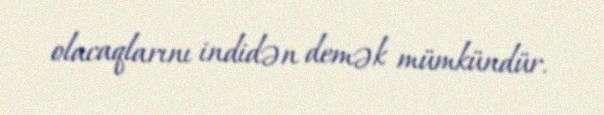
olacaqlarını indidən demək mümkündür.